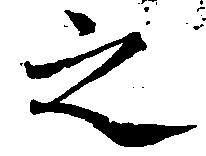
之